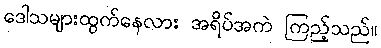
ဒေါသများထွက်နေလား အရိပ်အကဲ ကြည့်သည်။